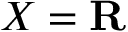
X = \mathbf { R }